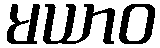
မယာဝ